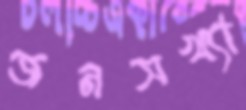
জনসখ্যা